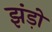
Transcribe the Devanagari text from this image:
झंड़ो